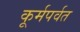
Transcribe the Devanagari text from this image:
कूर्मपर्वत